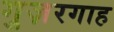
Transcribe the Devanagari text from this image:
गुज़रगाह